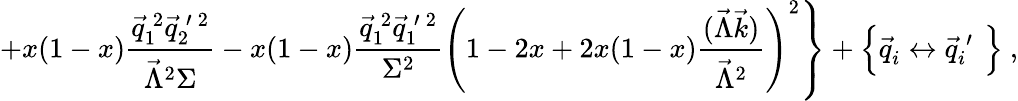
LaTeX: \left.+x(1-x)\frac{\vec{q}_{1}^{\: 2}\vec{q}_{2}^{\: \prime\: 2}}{\vec{\Lambda}^{2}\Sigma}-x(1-x)\frac{\vec{q}_{1}^{\: 2}\vec{q}_{1}^{\: \prime\: 2}}{\Sigma^{2}}\left(1-2x+2x(1-x)\frac{(\vec{\Lambda}\vec{k})}{\vec{\Lambda}^{2}}\right)^{2}\right\} +\left\{ \vec{q}_{i}^{~}\leftrightarrow\vec{q}_{i}^{\: \prime}\phantom{\frac{.}{.}}\! \! \right\} ~,